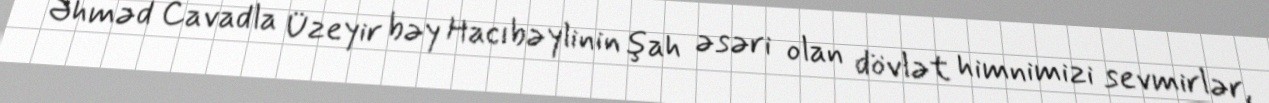
Əhməd Cavadla Üzeyir bəy Hacıbəylinin şah əsəri olan dövlət himnimizi sevmirlər,